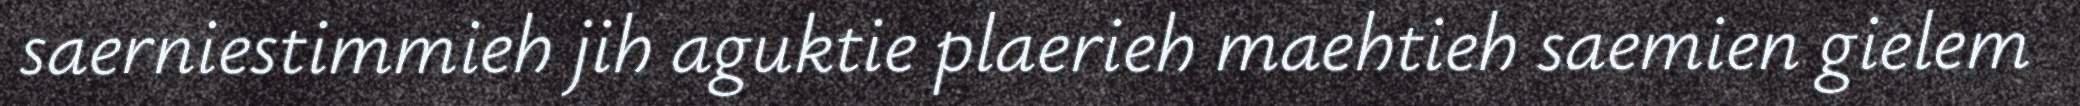
saerniestimmieh jih aguktie plaerieh maehtieh saemien gielem